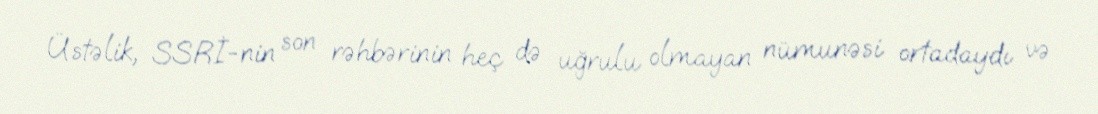
Üstəlik, SSRİ-nin son rəhbərinin heç də uğrulu olmayan nümunəsi ortadaydı və